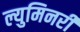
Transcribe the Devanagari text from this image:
ल्युमिनरी